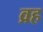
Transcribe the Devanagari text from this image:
व्रह